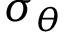
\sigma _ { \theta }